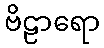
ဗိဠာရော